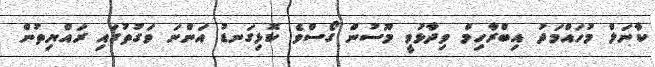
ކާނަލް މުހައްމަދު އިބްރާހިމް ވިދާޅުވީ މޫސުން ގޯސްވެ ކޮޅިގަނޑު އަންނަ ވަގުތުގައި ރައްޔިތުން